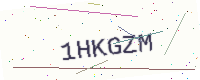
Text: 1HKGZM